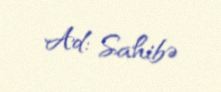
Ad: Sahibə